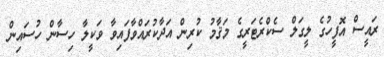
ރައީސް އޮފީހުގެ ލީގަލް ސެކްރެޓަރީގެ މަޤާމު ކުރިން އަދާކުރައްވާފައިވާ ވަކީލާ ހިސާން ހުސައިން